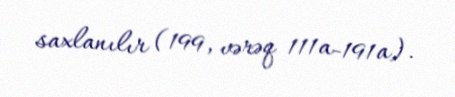
saxlanılır (199, vərəq 111a-191a).